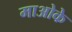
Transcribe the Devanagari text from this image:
माओके